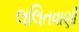
લલિતવાણી